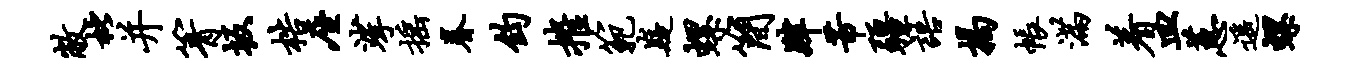
敝枇并箐坂梏座挲摇眷钧摧范嶷螺简肄芾疆语揭帐满着皿蕙遥螺